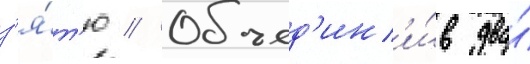
з'я́т'ю // Объед'ин'и́в два́